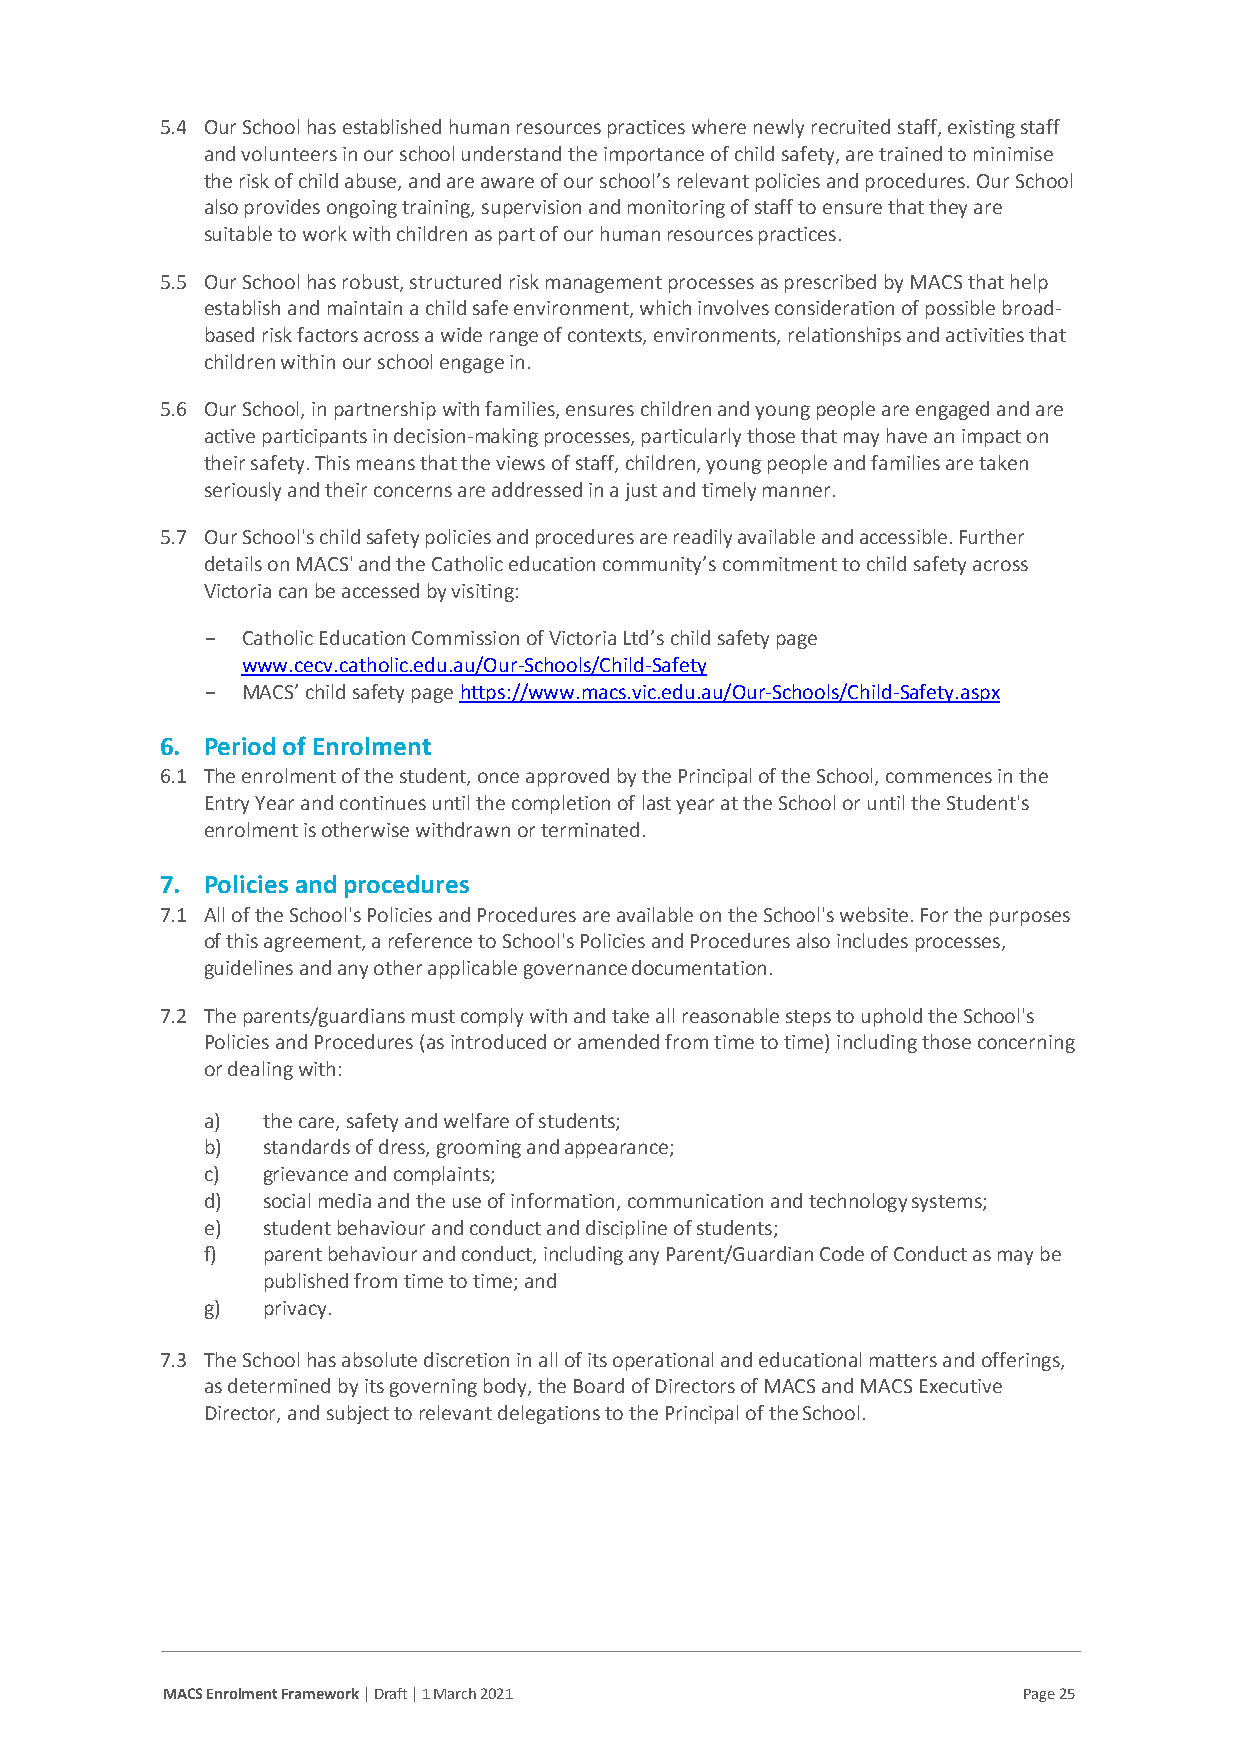
5.4 Our School has established human resources practices where newly recruited staff, existing staff
 and volunteers in our school understand the importance of child safety, are trained to minimise
 the risk of child abuse, and are aware of our school’s relevant policies and procedures. Our School
 also provides ongoing training, supervision and monitoring of staff to ensure that they are
 suitable to work with children as part of our human resources practices.
 5.5 Our School has robust, structured risk management processes as prescribed by MACS that help
 establish and maintain a child safe environment, which involves consideration of possible broad-
 based risk factors across a wide range of contexts, environments, relationships and activities that
 children within our school engage in.
 5.6 Our School, in partnership with families, ensures children and young people are engaged and are
 active participants in decision-making processes, particularly those that may have an impact on
 their safety. This means that the views of staff, children, young people and families are taken
 seriously and their concerns are addressed in a just and timely manner.
 5.7 Our School's child safety policies and procedures are readily available and accessible. Further
 details on MACS' and the Catholic education community’s commitment to child safety across
 Victoria can be accessed by visiting:
 - Catholic Education Commission of Victoria Ltd’s child safety page
 www.cecv.catholic.edu.au/Our-Schools/Child-Safety
 - MACS’ child safety page https://www.macs.vic.edu.au/Our-Schools/Child-Safety.aspx
 6. Period of Enrolment
 6.1 The enrolment of the student, once approved by the Principal of the School, commences in the
 Entry Year and continues until the completion of last year at the School or until the Student's
 enrolment is otherwise withdrawn or terminated.
 7. Policies and procedures
 7.1 All of the School's Policies and Procedures are available on the School's website. For the purposes
 of this agreement, a reference to School's Policies and Procedures also includes processes,
 guidelines and any other applicable governance documentation.
 7.2 The parents/guardians must comply with and take all reasonable steps to uphold the School's
 Policies and Procedures (as introduced or amended from time to time) including those concerning
 or dealing with:
 a)  the care, safety and welfare of students;
 b)  standards of dress, grooming and appearance;
 c)  grievance and complaints;
 d)  social media and the use of information, communication and technology systems;
 e)  student behaviour and conduct and discipline of students;
 f)  parent behaviour and conduct, including any Parent/Guardian Code of Conduct as may be
 published from time to time; and
 g)  privacy.
 7.3 The School has absolute discretion in all of its operational and educational matters and offerings,
 as determined by its governing body, the Board of Directors of MACS and MACS Executive
 Director, and subject to relevant delegations to the Principal of the School.
 MACS Enrolment Framework | Draft | 1 March 2021          Page 25